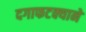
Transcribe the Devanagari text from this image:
दगाफटक्याने